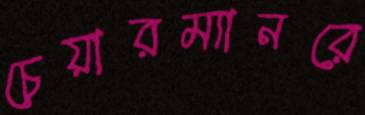
চেয়ারম্যানরে